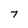
Character: 7